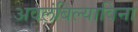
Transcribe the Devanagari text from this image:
अवलंबिल्याविना